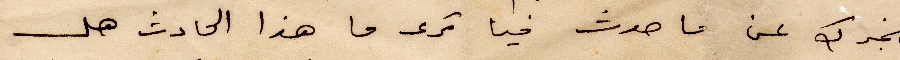
نخبرك عن ما حدث فيا ترى ما هذا الحادث هل